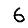
Digit: 6